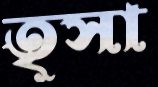
তৃসা